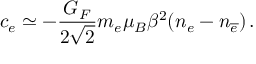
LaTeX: c _ { e } \simeq - \frac { G _ { F } } { 2 \sqrt { 2 } } m _ { e } \mu _ { B } \beta ^ { 2 } ( n _ { e } - n _ { { \overline { { e } } } } ) \, .